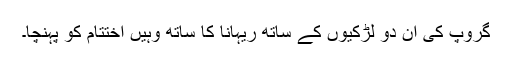
گروپ کی ان دو لڑکیوں کے ساتھ ریہانا کا ساتھ وہیں اختتام کو پہنچا۔